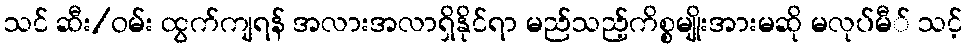
သင် ဆီး/ဝမ်း ထွက်ကျရန် အလားအလာရှိနိုင်ရာ မည်သည့်ကိစ္စမျိုးအားမဆို မလုပ်မီ် သင့်